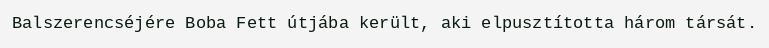
Balszerencséjére Boba Fett útjába került, aki elpusztította három társát.